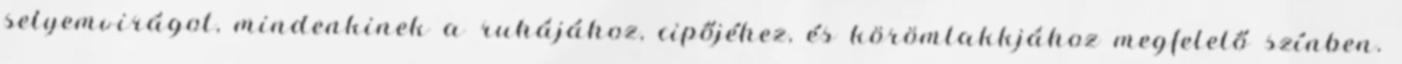
selyemvirágot, mindenkinek a ruhájához, cipőjéhez, és körömlakkjához megfelelő színben.